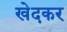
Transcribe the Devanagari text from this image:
खेदकर